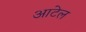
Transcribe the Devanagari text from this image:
आटेल